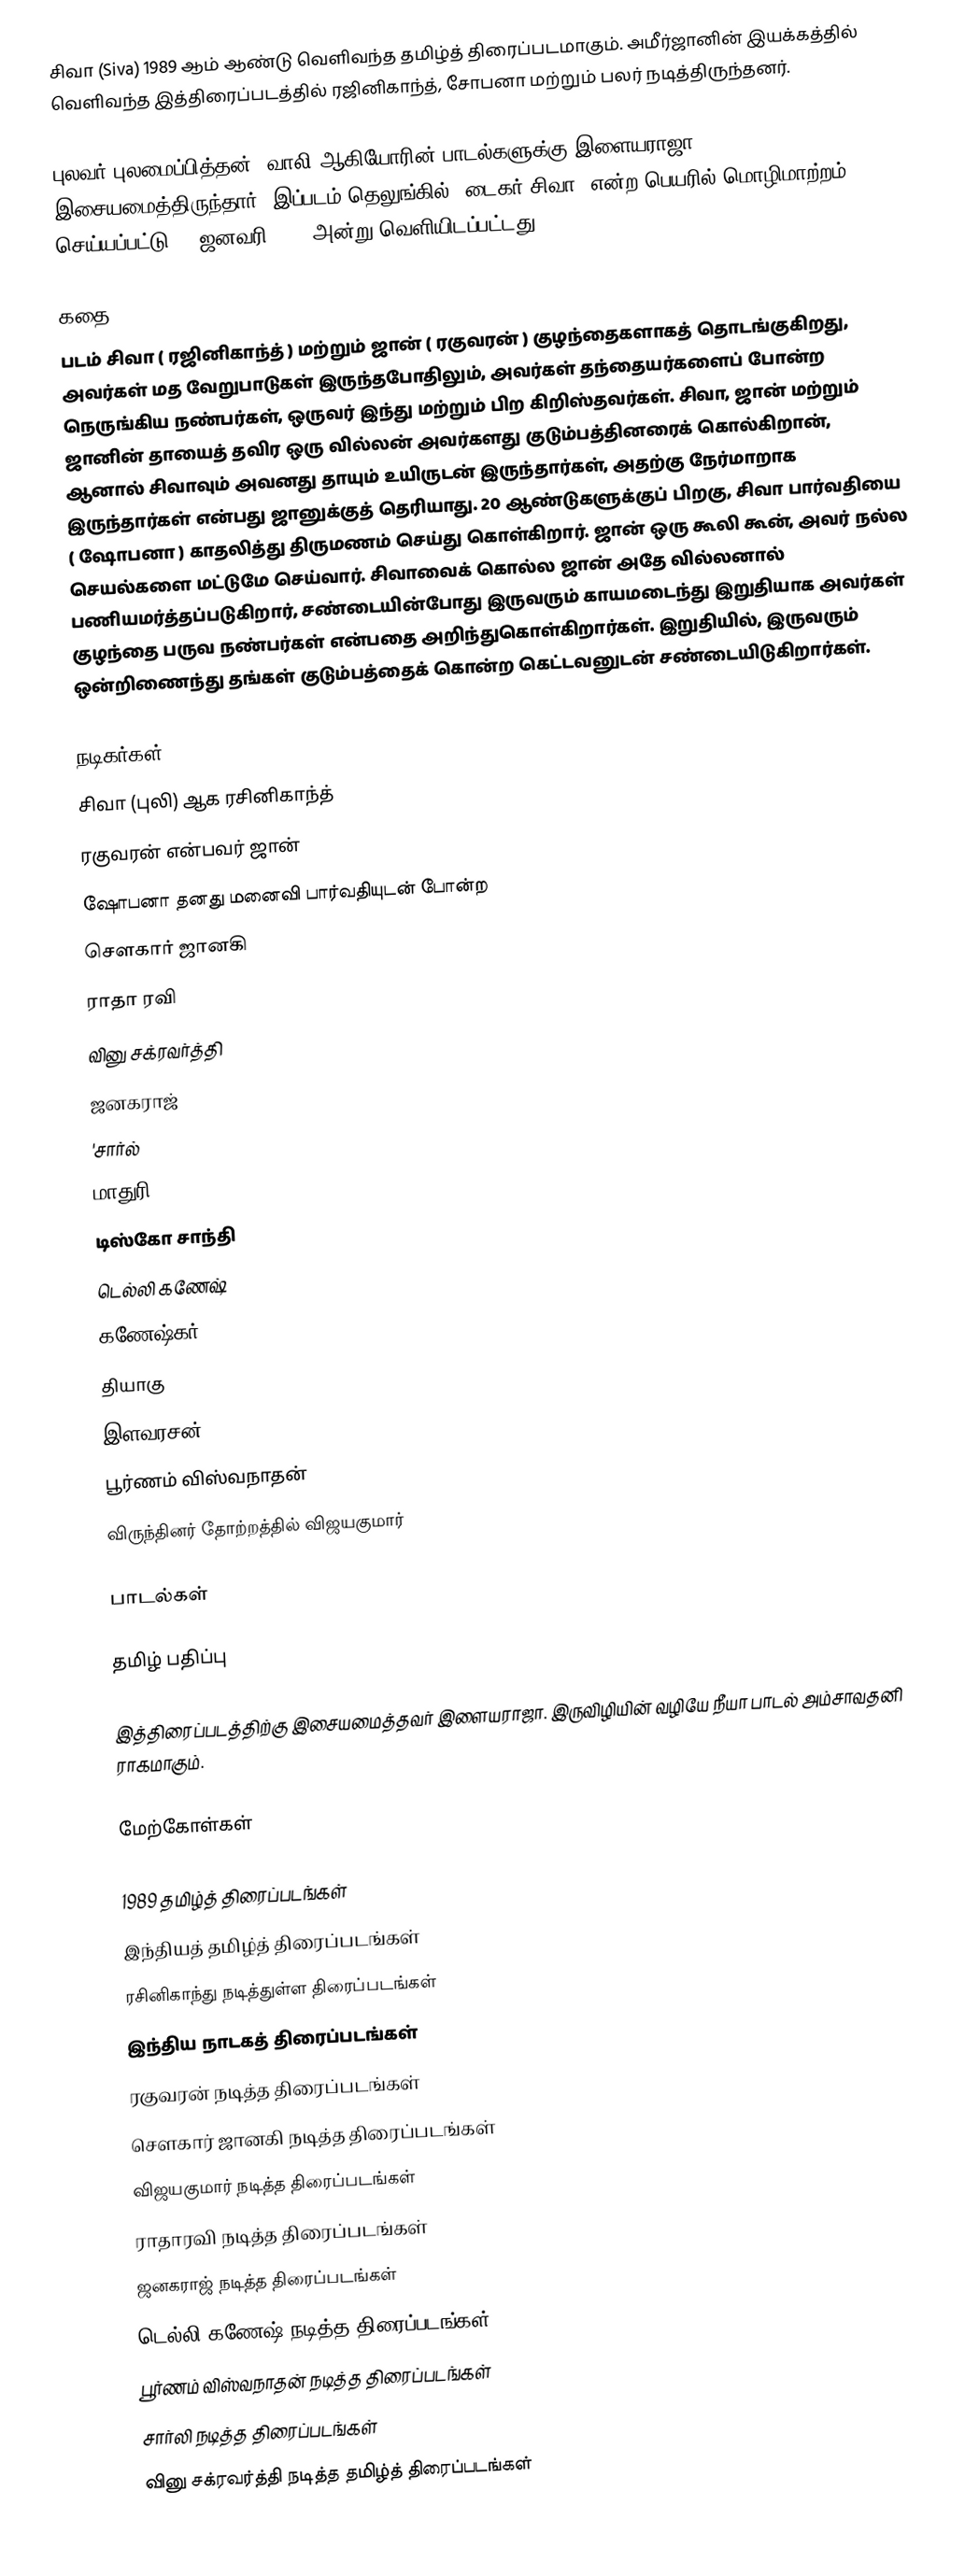
சிவா (Siva) 1989 ஆம் ஆண்டு வெளிவந்த தமிழ்த் திரைப்படமாகும். அமீர்ஜானின் இயக்கத்தில் வெளிவந்த இத்திரைப்படத்தில் ரஜினிகாந்த், சோபனா மற்றும் பலர் நடித்திருந்தனர்.

புலவர் புலமைப்பித்தன், வாலி ஆகியோரின் பாடல்களுக்கு இளையராஜா இசையமைத்திருந்தார். இப்படம் தெலுங்கில் "டைகர் சிவா"  என்ற பெயரில் மொழிமாற்றம் செய்யப்பட்டு 19 ஜனவரி 1990 அன்று வெளியிடப்பட்டது.

கதை
படம் சிவா ( ரஜினிகாந்த் ) மற்றும் ஜான் ( ரகுவரன் ) குழந்தைகளாகத் தொடங்குகிறது, அவர்கள் மத வேறுபாடுகள் இருந்தபோதிலும், அவர்கள் தந்தையர்களைப் போன்ற நெருங்கிய நண்பர்கள், ஒருவர் இந்து மற்றும் பிற கிறிஸ்தவர்கள். சிவா, ஜான் மற்றும் ஜானின் தாயைத் தவிர ஒரு வில்லன் அவர்களது குடும்பத்தினரைக் கொல்கிறான், ஆனால் சிவாவும் அவனது தாயும் உயிருடன் இருந்தார்கள், அதற்கு நேர்மாறாக இருந்தார்கள் என்பது ஜானுக்குத் தெரியாது. 20 ஆண்டுகளுக்குப் பிறகு, சிவா பார்வதியை ( ஷோபனா ) காதலித்து திருமணம் செய்து கொள்கிறார். ஜான் ஒரு கூலி கூன், அவர் நல்ல செயல்களை மட்டுமே செய்வார். சிவாவைக் கொல்ல ஜான் அதே வில்லனால் பணியமர்த்தப்படுகிறார், சண்டையின்போது இருவரும் காயமடைந்து இறுதியாக அவர்கள் குழந்தை பருவ நண்பர்கள் என்பதை அறிந்துகொள்கிறார்கள். இறுதியில், இருவரும் ஒன்றிணைந்து தங்கள் குடும்பத்தைக் கொன்ற கெட்டவனுடன் சண்டையிடுகிறார்கள்.

நடிகர்கள்
 சிவா (புலி) ஆக ரசினிகாந்த்
 ரகுவரன் என்பவர் ஜான்
 ஷோபனா தனது மனைவி பார்வதியுடன் போன்ற
 சௌகார் ஜானகி
 ராதா ரவி
 வினு சக்ரவர்த்தி
 ஜனகராஜ்
'சார்ல்
 மாதுரி
 டிஸ்கோ சாந்தி
 டெல்லி கணேஷ்
 கணேஷ்கர்
 தியாகு
 இளவரசன்
 பூர்ணம் விஸ்வநாதன்
 விருந்தினர் தோற்றத்தில் விஜயகுமார்

பாடல்கள்

தமிழ் பதிப்பு

இத்திரைப்படத்திற்கு இசையமைத்தவர் இளையராஜா. இருவிழியின் வழியே நீயா பாடல் அம்சாவதனி ராகமாகும்.

மேற்கோள்கள்

1989 தமிழ்த் திரைப்படங்கள்
இந்தியத் தமிழ்த் திரைப்படங்கள்
ரசினிகாந்து நடித்துள்ள திரைப்படங்கள்
இந்திய நாடகத் திரைப்படங்கள்
ரகுவரன் நடித்த திரைப்படங்கள்
சௌகார் ஜானகி நடித்த திரைப்படங்கள்
விஜயகுமார் நடித்த திரைப்படங்கள்
ராதாரவி நடித்த திரைப்படங்கள்
ஜனகராஜ் நடித்த திரைப்படங்கள்
டெல்லி கணேஷ் நடித்த திரைப்படங்கள்
பூர்ணம் விஸ்வநாதன் நடித்த திரைப்படங்கள்
சார்லி நடித்த திரைப்படங்கள்
வினு சக்ரவர்த்தி நடித்த தமிழ்த் திரைப்படங்கள்